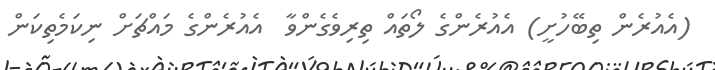
(އެއުރެން ތިބޭހުށީ) އެއުރެންގެ ލޯތައް ތިރިވެގެންވާ  އެއުރެންގެ މައްޗަށް ނިކަމެތިކަން